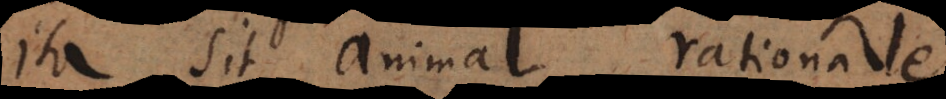
Ita sit animal rationale